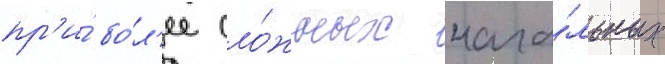
пр'и́ бо́л'ее сло́жных нача́льных